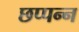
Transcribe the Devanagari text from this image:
छप्पन्न